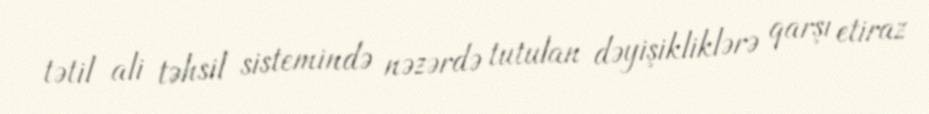
tətil ali təhsil sistemində nəzərdə tutulan dəyişikliklərə qarşı etiraz